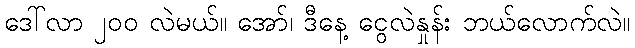
ဒေါ်လာ ၂၀၀ လဲမယ်။ အော်၊ ဒီနေ့ ငွေလဲနှုန်း ဘယ်လောက်လဲ။